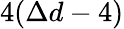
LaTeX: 4(\Delta d-4)